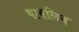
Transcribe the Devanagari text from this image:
पावलिन